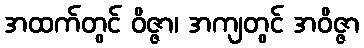
အထက်တွင် ဝိဇ္ဇာ၊ အကျတွင် အဝိဇ္ဇာ